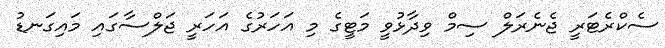
ސެކްރެޓަރީ ޖެނެރަލް ސިމް ވިދާޅުވީ މަޓީގެ މި އަހަރުގެ އަހަރީ ޖަލްސާގައި މައިގަނޑު